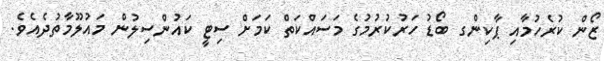
ޒޯން ކުރެހުމާއި ޕާކިންގ ބޯޑު ހަރުކުރުމުގެ މަސައްކަތް ކަމަށް ސިޓީ ކައުންސިލުން މައުލޫމާތުދެއެވެ.